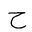
Letter: _ha